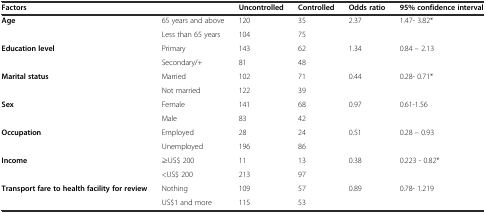
<table><thead><tr><td><b>Factors</b></td><td></td><td><b>Uncontrolled</b></td><td><b>Controlled</b></td><td><b>Odds ratio</b></td><td><b>95% confidence interval</b></td></tr></thead><tbody><tr><td rowspan="2"><b>Age</b></td><td>65 years and above</td><td>120</td><td>35</td><td>2.37</td><td>1.47- 3.82*</td></tr><tr><td>Less than 65 years</td><td>104</td><td>75</td><td></td><td></td></tr><tr><td><b>Education level</b></td><td>Primary</td><td>143</td><td>62</td><td>1.34</td><td>0.84 – 2.13</td></tr><tr><td></td><td>Secondary/+</td><td>81</td><td>48</td><td></td><td></td></tr><tr><td rowspan="2"><b>Marital status</b></td><td>Married</td><td>102</td><td>71</td><td>0.44</td><td>0.28- 0.71*</td></tr><tr><td>Not married</td><td>122</td><td>39</td><td></td><td></td></tr><tr><td rowspan="2"><b>Sex</b></td><td>Female</td><td>141</td><td>68</td><td>0.97</td><td>0.61-1.56</td></tr><tr><td>Male</td><td>83</td><td>42</td><td></td><td></td></tr><tr><td rowspan="2"><b>Occupation</b></td><td>Employed</td><td>28</td><td>24</td><td>0.51</td><td>0.28 – 0.93</td></tr><tr><td>Unemployed</td><td>196</td><td>86</td><td></td><td></td></tr><tr><td rowspan="2"><b>Income</b></td><td>≥US$ 200</td><td>11</td><td>13</td><td>0.38</td><td>0.223 - 0.82*</td></tr><tr><td>&lt;US$ 200</td><td>213</td><td>97</td><td></td><td></td></tr><tr><td><b>Transport fare to health facility for review</b></td><td>Nothing</td><td>109</td><td>57</td><td>0.89</td><td>0.78- 1.219</td></tr><tr><td></td><td>US$1 and more</td><td>115</td><td>53</td><td></td><td></td></tr></tbody></table>